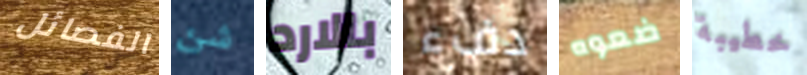
الفصائل شئ بالارد دفء ضعوه خطيبة